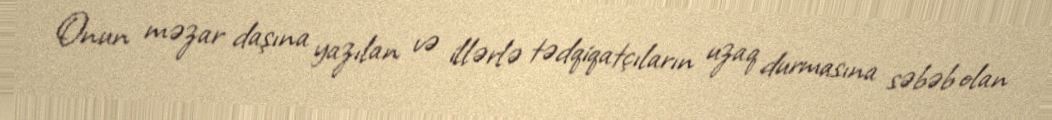
Onun məzar daşına yazılan və illərlə tədqiqatçıların uzaq durmasına səbəb olan